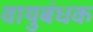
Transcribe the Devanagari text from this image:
वायुबंधक